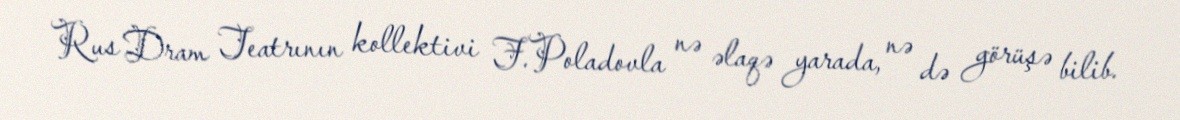
Rus Dram Teatrının kollektivi F.Poladovla nə əlaqə yarada, nə də görüşə bilib.